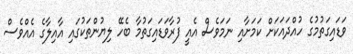
ވަޑައިގަތުމުގެ ހުއްދައަކަށް ކަމަށާއި ނަމަވެސް އެއީ ފުރާވަޑައިގަތުމާ ބެހޭ ލިޔުންތަކުގައި އާއިލާގެ އެއްވެސް